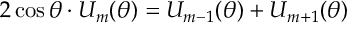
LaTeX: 2 \cos \theta \cdot U _ { m } ( \theta ) = U _ { m - 1 } ( \theta ) + U _ { m + 1 } ( \theta )